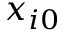
x _ { i 0 }